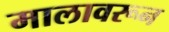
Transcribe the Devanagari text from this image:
मालावरून